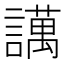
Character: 䜕